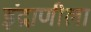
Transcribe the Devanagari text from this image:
इंद्राणीला